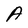
Character: A